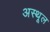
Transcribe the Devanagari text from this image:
अस्थूल